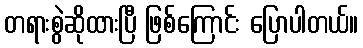
တရားစွဲဆိုထားပြီ ဖြစ်ကြောင်း ပြောပါတယ်။